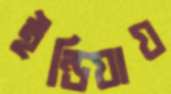
ইন্ডিয়ায়